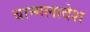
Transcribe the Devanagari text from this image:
बान्गलादेश